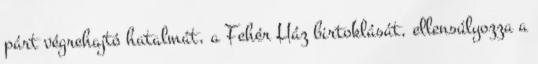
párt végrehajtó hatalmát, a Fehér Ház birtoklását, ellensúlyozza a